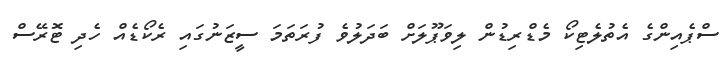
ސްޕެއިންގެ އެތުލެޓިކޯ މެޑްރިޑުން ލިވަޕޫލަށް ބަދަލުވެ ފުރަތަމަ ސީޒަނުގައި ރެކޯޑެއް ހެދި ޓޮރޭސް